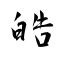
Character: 皓